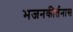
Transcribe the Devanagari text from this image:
भजनकीर्तनास